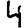
Digit: 4